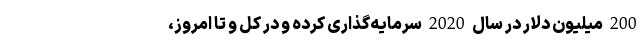
200 میلیون دلار در سال 2020 سرمایه‌گذاری کرده و در کل و تا امروز،